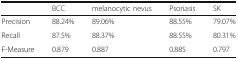
<table><thead><tr><td></td><td><b>BCC</b></td><td><b>melanocytic nevus</b></td><td><b>Psoriasis</b></td><td><b>SK</b></td></tr></thead><tbody><tr><td>Precision</td><td>88.24%</td><td>89.06%</td><td>88.55%</td><td>79.07%</td></tr><tr><td>Recall</td><td>87.5%</td><td>88.37%</td><td>88.55%</td><td>80.31%</td></tr><tr><td>F-Measure</td><td>0.879</td><td>0.887</td><td>0.885</td><td>0.797</td></tr></tbody></table>